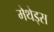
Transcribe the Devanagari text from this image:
मेथेड्स